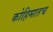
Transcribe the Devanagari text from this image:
कोहिमातच